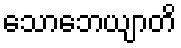
သောဘေယျာတိ